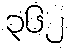
၃၆၂